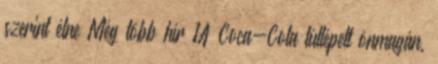
szerint élne Még több hír 1A Coca-Cola túllépett önmagán,